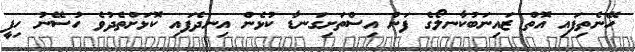
ހޭނެތިފައި އޮތް ޒައިނަބުކާނލޯގެ ފަން އިސްތަށިގަނޑާ ކުޅެން އިނދެފައި ކޮޅަށްތެދުވެ ހުސޭނު ހިފީ